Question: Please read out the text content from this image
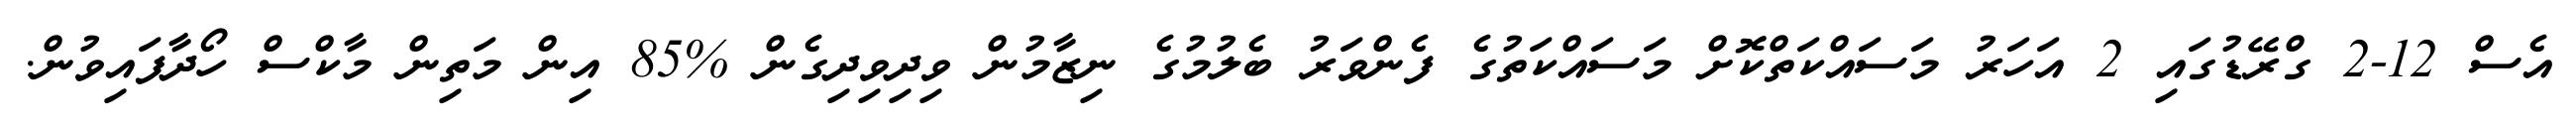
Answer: އެސް 12-2 ގްރޭޑުގައި 2 އަހަރު މަސައްކަތްކޮށް މަސައްކަތުގެ ފެންވަރު ބެލުމުގެ ނިޒާމުން ވިދިވިދިގެން %85 އިން މަތިން މާކްސް ހޯދާފައިވުން.